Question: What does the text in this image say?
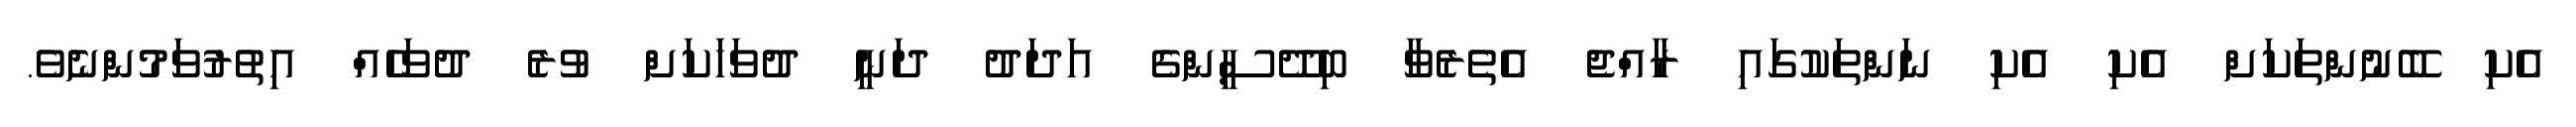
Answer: އެކި ބޭނުންތަކަށް އެކި އެކި ނަންތަކުގައި ރާއްޖެ އެތެރެވާ ބިދޭސީންގެ އަދަދު ދަނީ ދުވަހަކަށް ވުރެ ދުވަހެއް އިތުރުވަމުންނެވެ.